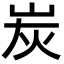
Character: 炭